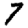
Digit: 7